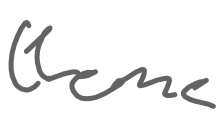
Text: theme
Cross-out: clean
Writing tool: digital_gray